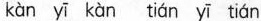
kàn yī kàn tián yī tián